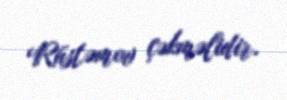
Rüstəmov çəkməlidir.